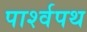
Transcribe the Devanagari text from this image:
पार्श्‍वपथ